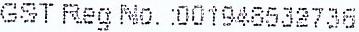
GST REG NO. :001948532736